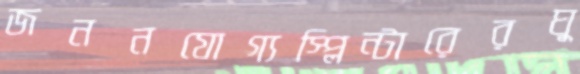
জননযোগ্যস্প্লিন্টারেরঘু